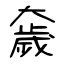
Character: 奯